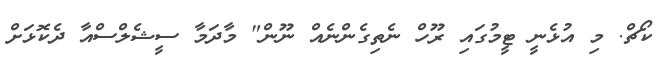
ކޯޗް. މި އުޅެނީ ޓީމުގައި ރޫހް ނެތިގެންނެއް ނޫން" މާދަމާ ސީޝެލްސްއާ ދެކޮޅަށް